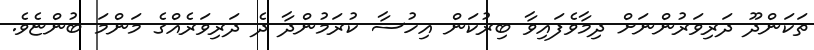
ތަކަންދޫ ދަރިވަރުންނަށް ދިމާވެފައިވާ ބިރުކަން އިހުސާ ކުރަމުންދާ ދެ ދަރިވަރެއްގެ މަންމަ ބުންޏެވެ.